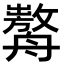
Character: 𦪰